Vaccination in Bombay 1863-1868 - 1863-1868
Year: 1863
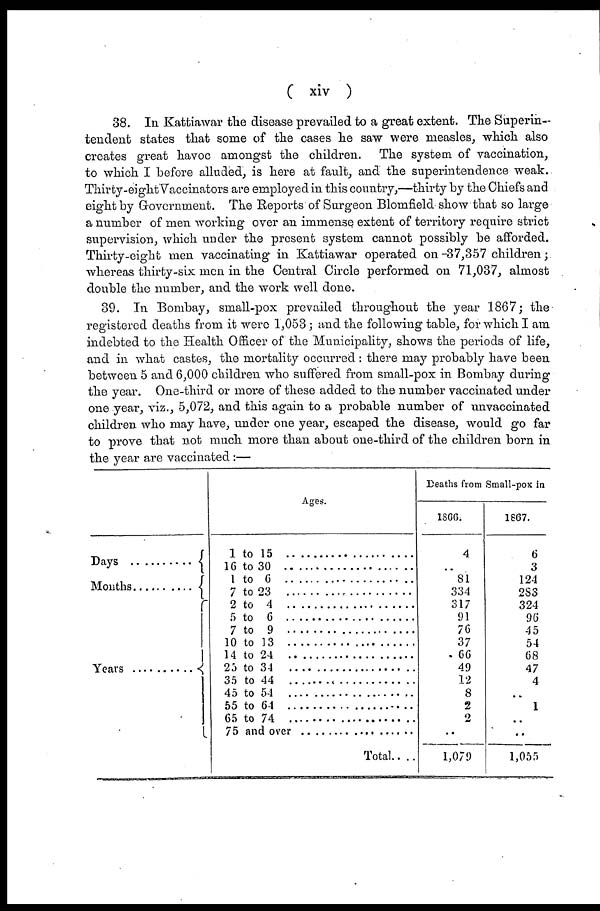
( xiv )
38. In Kattiawar the disease prevailed to a great extent. The Superin-
tendent states that some of the cases he saw were measles, which also
creates great havoc amongst the children. The system of vaccination,
to which I before alluded, is here at fault, and the superintendence weak.
Thirty-eight Vaccinators are employed in this country,—thirty by the Chiefs and
eight by Government. The Reports of Surgeon Blomfield show that so large
a number of men working over an immense extent of territory require strict
supervision, which under the present system cannot possibly be afforded.
Thirty-eight men vaccinating in Kattiawar operated on-37,357 children;
whereas thirty-six men in the Central Circle performed on 71,037, almost
double the number, and the work well done.
39. In Bombay, small-pox prevailed throughout the year 1867; the
registered deaths from it were 1,053 ; and the following table, for which I am
indebted to the Health Officer of the Municipality, shows the periods of life,
and in what castes, the mortality occurred : there may probably have been
between 5 and 6,000 children who suffered from small-pox in Bombay during
the year. One-third or more of these added to the number vaccinated under
one year, viz., 5,072, and this again to a probable number of unvaccinated
children who may have, under one year, escaped the disease, would go far
to prove that not much more than about one-third of the children born in
the year are vaccinated :—
Day ..........
Months ..........
Years ..........
Ages.
1 to 15 ....................
16 to 30 ..................
1 to 6 ................
7 to 23 ................
2 to 4 ................
5 to 6 ................
7 to 9 ................
10 to 13 ............
14 to 24 ................
25 to 34 ............
35 to 44 ................
45 to 54 ................
55 to 64 ................
65 to 74 ............
75 to and over ................
Total.. ..
Deaths from Small-pox in
1866.
4
..
81
334
317
91
76
37
66
49
12
8
2
2
..
1,079
1867.
6
3
124
283
324
96
45
54
68
47
4
..
1
..
..
1,055